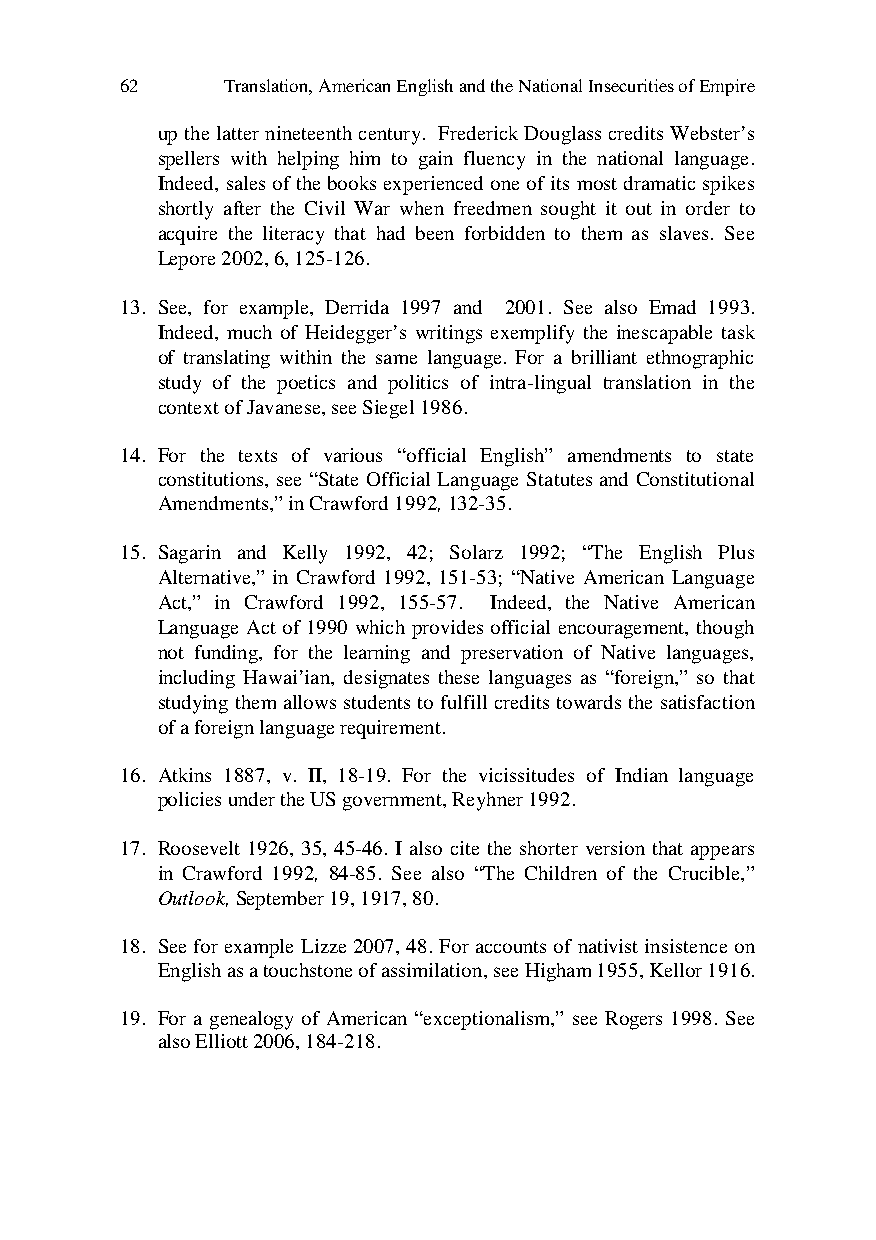
62     Translation, American English and the National Insecurities of Empire
 up the latter nineteenth century. Frederick Douglass credits Webster’s
 spellers with helping him to gain fluency in the national language.
 Indeed, sales of the books experienced one of its most dramatic spikes
 shortly after the Civil War when freedmen sought it out in order to
 acquire the literacy that had been forbidden to them as slaves. See
 Lepore 2002, 6, 125-126.
 13. See, for example, Derrida 1997 and 2001. See also Emad 1993.
 Indeed, much of Heidegger’s writings exemplify the inescapable task
 of translating within the same language. For a brilliant ethnographic
 study of the poetics and politics of intra-lingual translation in the
 context of Javanese, see Siegel 1986.
 14. For the texts of various “official English” amendments to state
 constitutions, see “State Official Language Statutes and Constitutional
 Amendments,” in Crawford 1992, 132-35.
 15. Sagarin and Kelly 1992, 42; Solarz 1992; “The English Plus
 Alternative,” in Crawford 1992, 151-53; “Native American Language
 Act,” in Crawford 1992, 155-57. Indeed, the Native American
 Language Act of 1990 which provides official encouragement, though
 not funding, for the learning and preservation of Native languages,
 including Hawai’ian, designates these languages as “foreign,” so that
 studying them allows students to fulfill credits towards the satisfaction
 of a foreign language requirement.
 16. Atkins 1887, v. II, 18-19. For the vicissitudes of Indian language
 policies under the US government, Reyhner 1992.
 17. Roosevelt 1926, 35, 45-46. I also cite the shorter version that appears
 in Crawford 1992, 84-85. See also “The Children of the Crucible,”
 Outlook, September 19, 1917, 80.
 18. See for example Lizze 2007, 48. For accounts of nativist insistence on
 English as a touchstone of assimilation, see Higham 1955, Kellor 1916.
 19. For a genealogy of American “exceptionalism,” see Rogers 1998. See
 also Elliott 2006, 184-218.